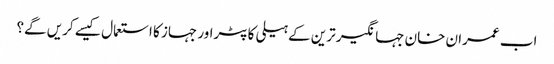
اب عمران خان جہانگیر ترین کے ہیلی کاپٹراور جہاز کا استعمال کیسے کریں گے؟